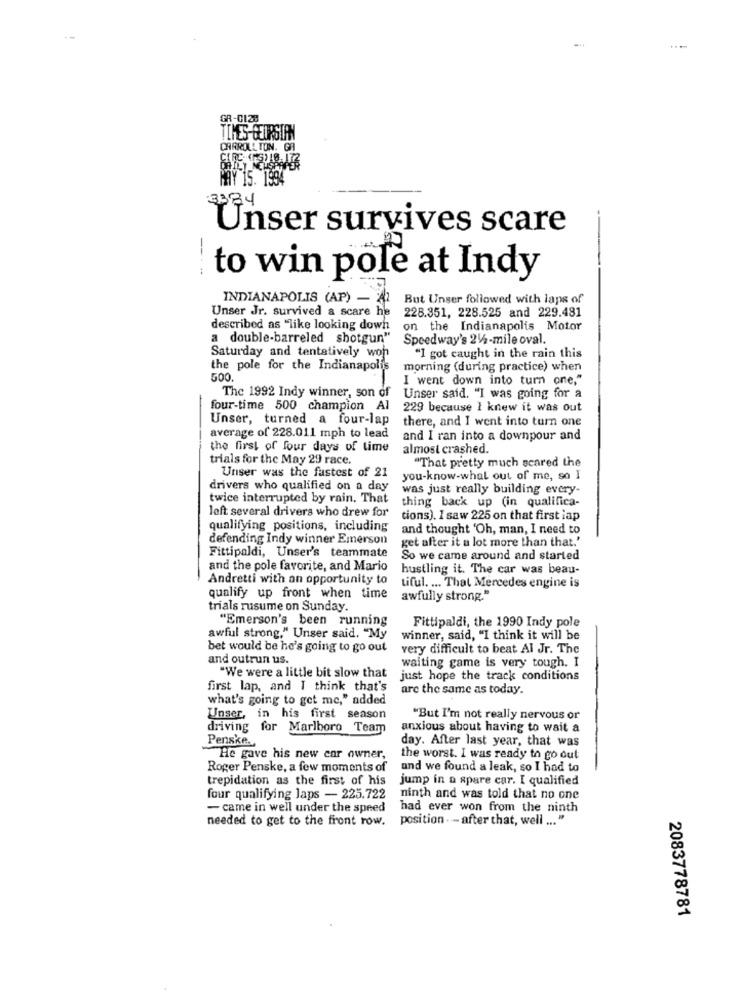
GR-0128
CARROLLTON. GA
MAY 15. 1994
3384
Unser survives scare
-----
to win pole at Indy
INDIANAPOLIS (AP) -
But Unser followed with laps of
Unser Jr. survived a scare he
228.351, 228.525 and 229.481
described as "like looking down
on the Indianapolis Motor
a double-barreled shotgun"
Speedway's 214-mile oval.
Saturday and tentatively won
"I got caught in the rain this
the pole for the Indianapolis
morning (during practice) when
500.
I went down into turn one,"
The 1992 Indy winner, son of
Unser said. "I was going for a
four-time 500 champion Al
229 because I knew it was out
Unser, turned a four-lap
there, and I went into turn one
average of 228.011 mph to lead
and I ran into a downpour and
the first of four days of time
almost crashed.
trials for the May 29 race.
"That pretty much scared the
Unser was the fastest of 21
you-know-what out of me, so I
drivers who qualified on a day
was just really building every-
twice interrupted by rain. That
thing back up (in qualifica-
left several drivers who drew for
tions). I saw 225 on that first iap
qualifying positions, including
and thought 'Oh, man, I need to
defending Indy winner Emerson
get after it a lot more than that.'
Fittipaldi, Unser's teammate
So we came around and started
and the pole favorite, and Mario
hustling it. The car was beau-
Andretti with an opportunity to
tiful. ... That Mercedes engine is
qualify up front when time
awfully strong."
trials rusume on Sunday.
"Emerson's been running
Fittipaldi, the 1990 Indy pole
awful strong," Unser said. "My
winner, said, "I think it will be
bet would be he's going to go out
very difficult to beat Al Jr. The
and outrun us.
waiting game is very tough. I
"We were a little bit slow that
just hope the track conditions
first lap, and I think that's
are the same as today.
what's going to get me," added
Unser, in his first season
"But I'm not really nervous or
driving for Marlboro Team
anxious about having to wait a
day. After last year, that was
Penske.
He gave his new car owner,
the worst. I was ready to go out
Roger Penske, a few moments of
and we found a leak, so I had to
trepidation as the first of his
jump in a spare car. I qualified
four qualifying laps - 225.722
ninth and was told that no one
- came in well under the speed
had ever won from the ninth
needed to get to the front row. position . - after that, well ... "
2083778781